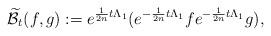
LaTeX: \begin{align*} \mathcal{\widetilde{B}}_{t}(f,g)&:=e^{\frac{1}{2n}t\Lambda_{1}}(e^{-\frac{1}{2n}t\Lambda_{1}}fe^{-\frac{1}{2n}t\Lambda_{1}}g),\end{align*}